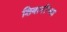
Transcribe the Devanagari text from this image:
शिवानींच्या